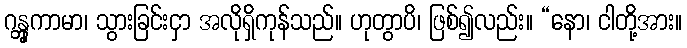
ဂန္တွုကာမာ၊ သွားခြင်းငှာ အလိုရှိကုန်သည်။ ဟုတွာပိ၊ ဖြစ်၍လည်း။ “နော၊ ငါတို့အား။